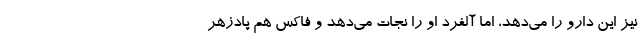
نیز این دارو را می‌دهد، اما آلفرد او را نجات می‌دهد و فاکس هم پادزهر